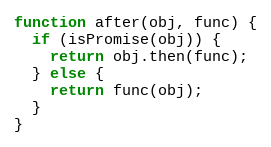
Language: JavaScript
function after(obj, func) {
  if (isPromise(obj)) {
    return obj.then(func);
  } else {
    return func(obj);
  }
}